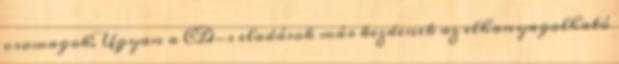
csomagok. Ugyan a CD-s eladások már kezdenek az elhanyagolható